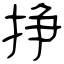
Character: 挣